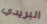
البريدي